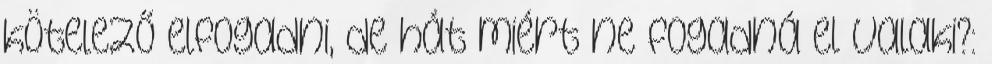
kötelező elfogadni, de hát miért ne fogadná el valaki?: